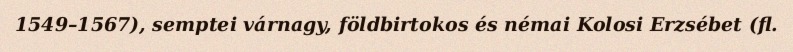
1549–1567), semptei várnagy, földbirtokos és némai Kolosi Erzsébet (fl.